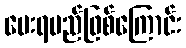
ပေးရမည်ဖြစ်ကြောင်း